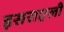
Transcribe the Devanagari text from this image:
इसराएली